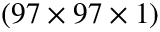
( 9 7 \times 9 7 \times 1 )